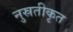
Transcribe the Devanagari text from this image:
नुस्रतीकृत